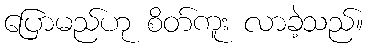
ပြောမည်ဟု စိတ်ကူး လာခဲ့သည်။